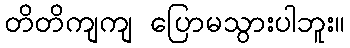
တိတိကျကျ ပြောမသွားပါဘူး။